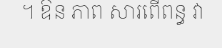
។ ឱន ភាព សារពើពន្ធ វា